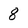
Character: 8